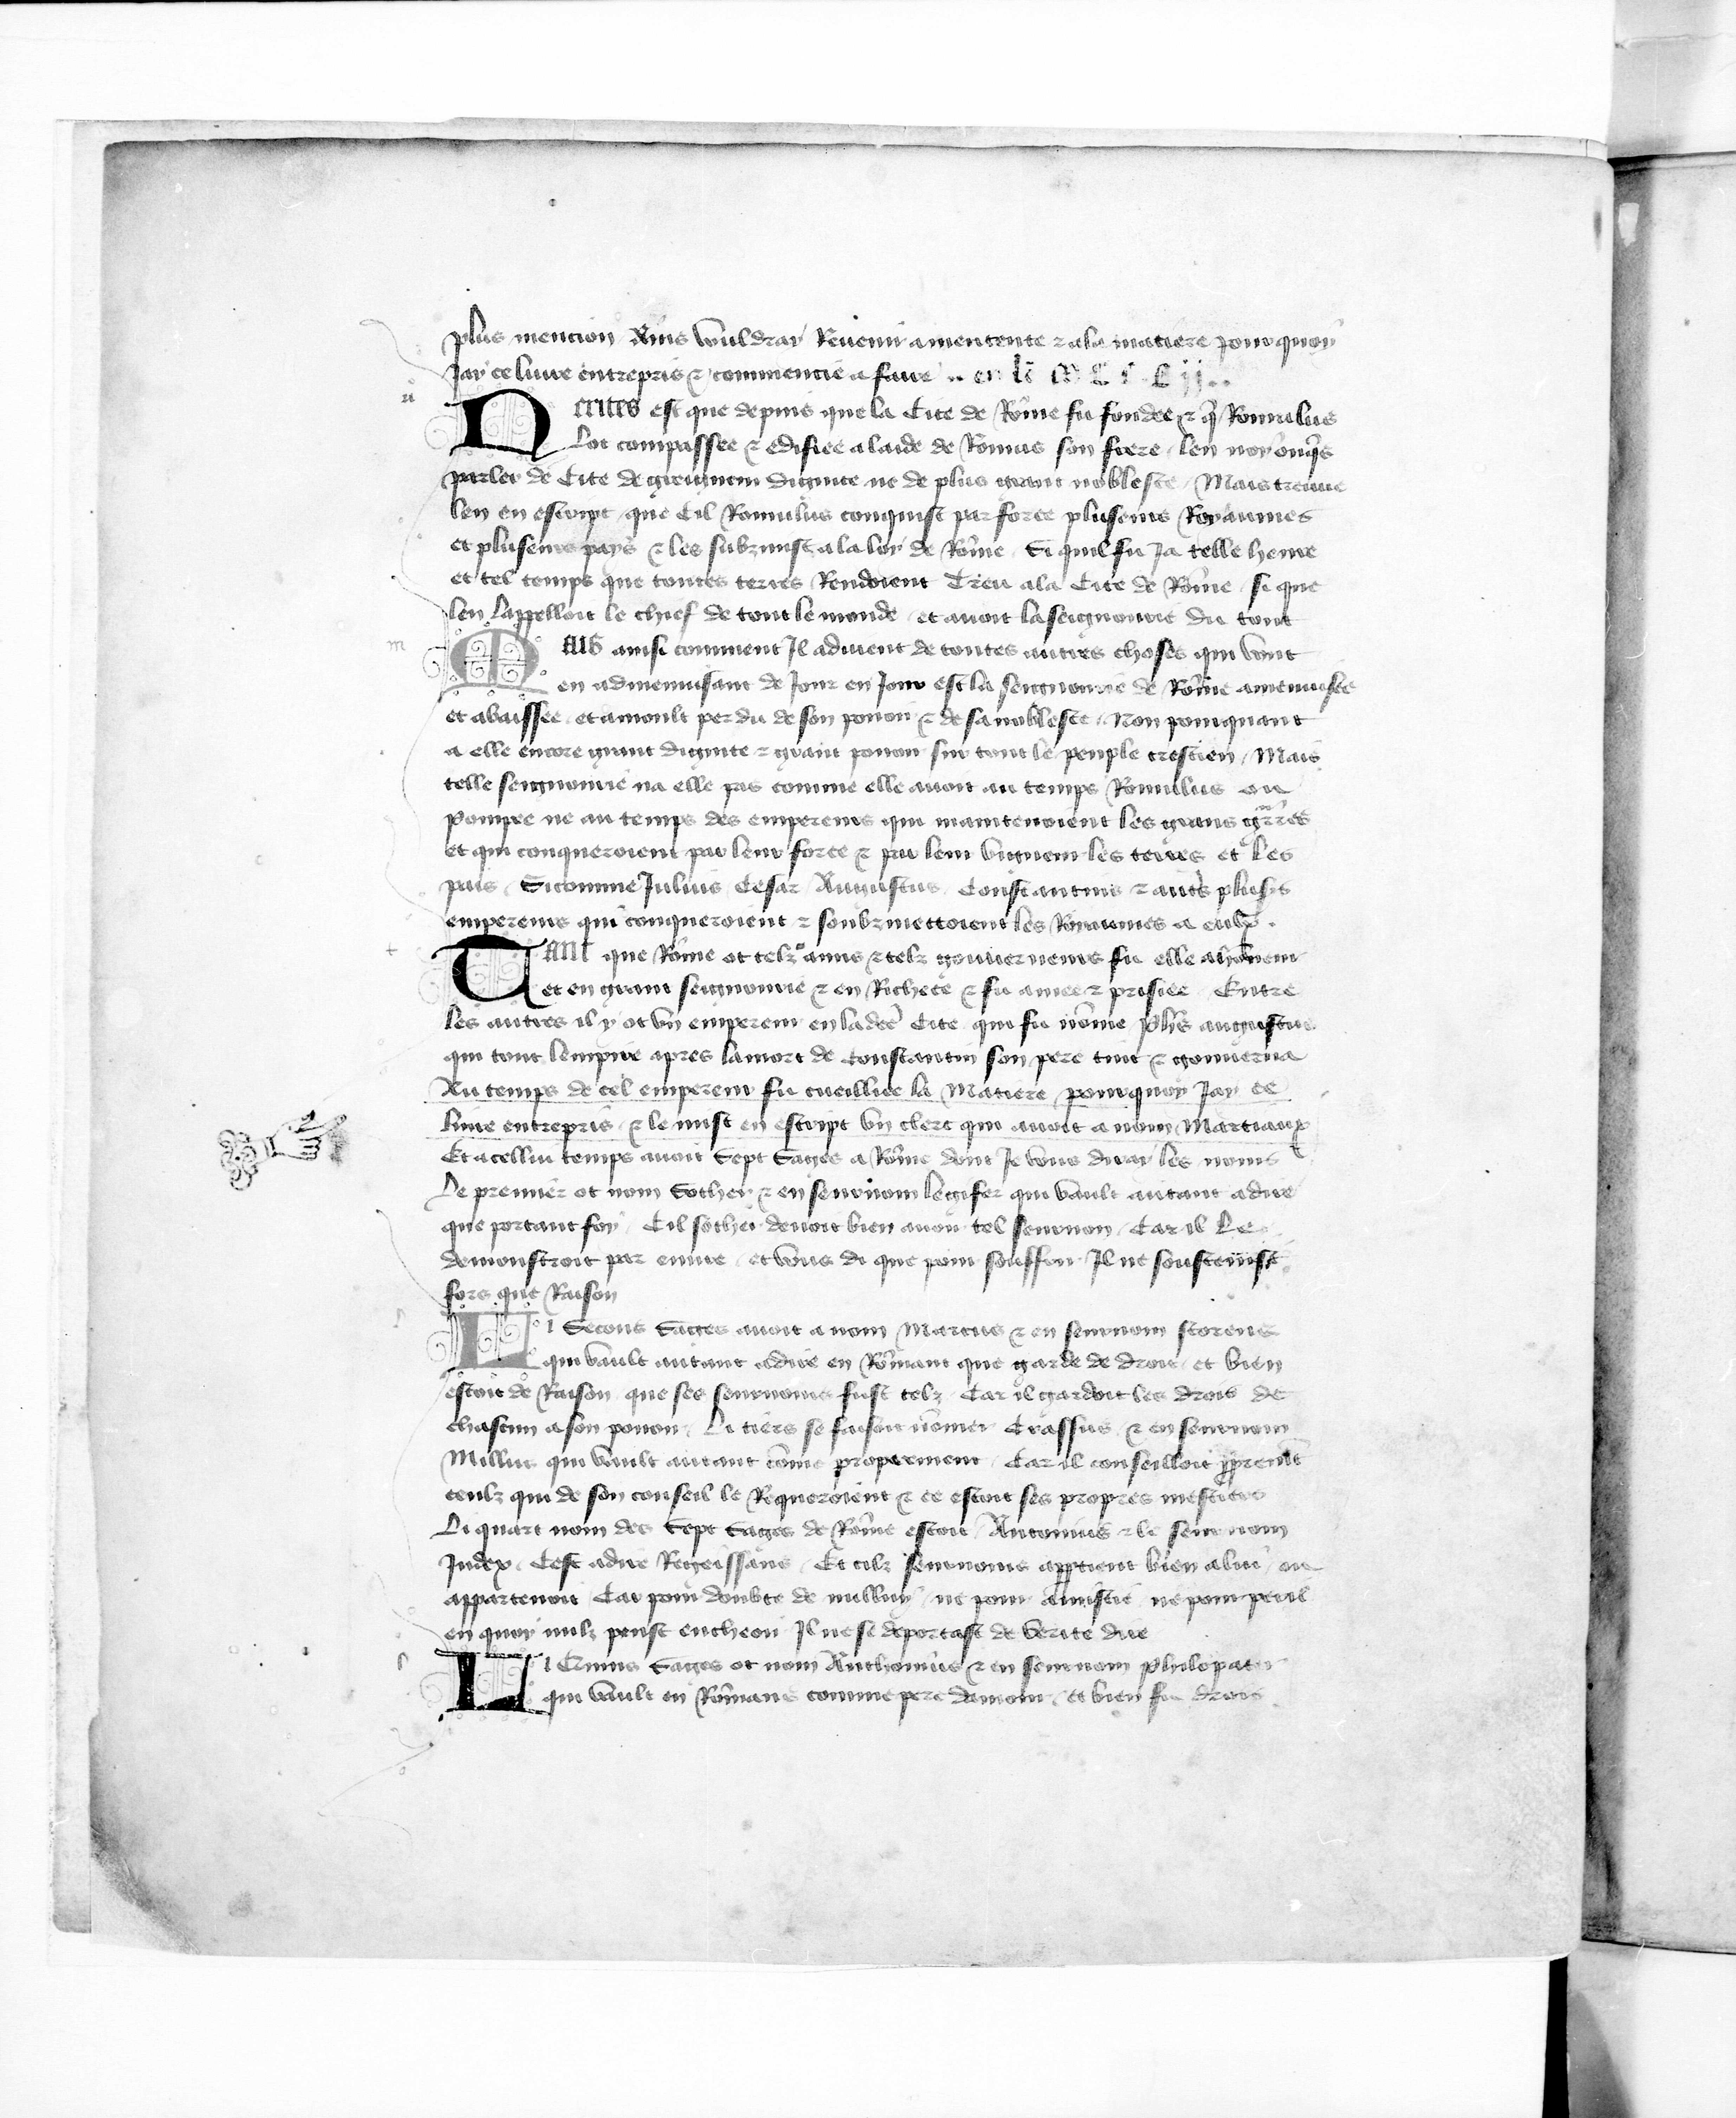
Shelfmark: Paris, BnF, fr. 777
Century: 15